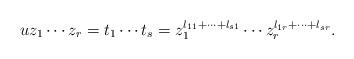
LaTeX: \begin{align*}u z_1 \cdots z_r = t_1 \cdots t_s = z_1^{l_{11} + \dots + l_{s1}} \cdots z_r^{l_{1r} + \dots + l_{sr}}.\end{align*}